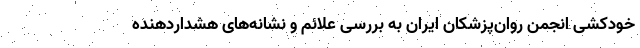
خودکشی انجمن روان‌پزشکان ایران به بررسی علائم و نشانه‌های هشداردهنده